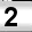
Digit: 2